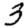
Digit: 3